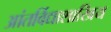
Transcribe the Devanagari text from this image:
आंतर्विद्याशाखिय